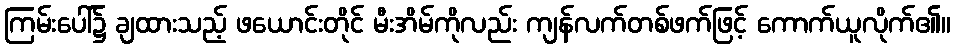
ကြမ်းပေါ်၌ ချထားသည့် ဖယောင်းတိုင် မီးအိမ်ကိုလည်း ကျန်လက်တစ်ဖက်ဖြင့် ကောက်ယူလိုက်၏။